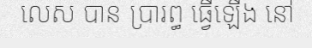
លេស បាន ប្រារព្ធ ធ្វើឡើង នៅ